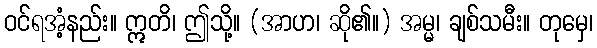
ဝင်ရအံ့နည်း။ ဣတိ၊ ဤသို့။ (အာဟ၊ ဆို၏။) အမ္မ၊ ချစ်သမီး။ တုမှေ၊